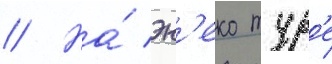
// На́ эн'еко тур'е